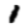
Digit: 1